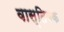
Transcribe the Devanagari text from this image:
वास्‍तिवक